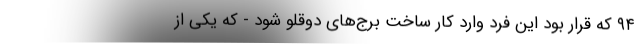
۹۴ که قرار بود این فرد وارد کار ساخت برج‌های دوقلو شود - که یکی از